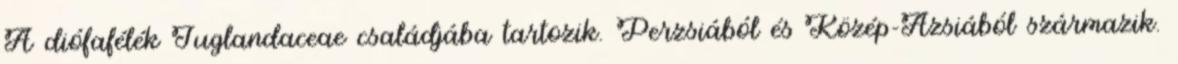
A diófafélék Juglandaceae családjába tartozik. Perzsiából és Közép-Ázsiából származik.